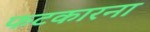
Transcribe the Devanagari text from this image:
फटकारना